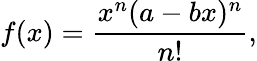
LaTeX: f(x)={\frac{x^{n}(a-bx)^{n}}{n!}},